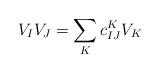
LaTeX: \begin{align*}V_I V_J=\sum_K c_{IJ}^K V_K\end{align*}